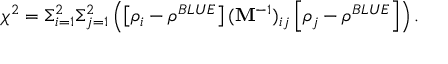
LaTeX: \chi ^ { 2 } = \Sigma _ { i = 1 } ^ { 2 } \Sigma _ { j = 1 } ^ { 2 } \left( \left[ \rho _ { i } - \rho ^ { B L U E } \right] ( { \bf M } ^ { - 1 } ) _ { i j } \left[ \rho _ { j } - \rho ^ { B L U E } \right] \right) .